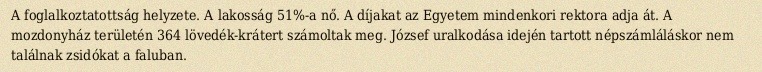
A foglalkoztatottság helyzete. A lakosság 51%-a nő. A díjakat az Egyetem mindenkori rektora adja át. A mozdonyház területén 364 lövedék-krátert számoltak meg. József uralkodása idején tartott népszámláláskor nem találnak zsidókat a faluban.